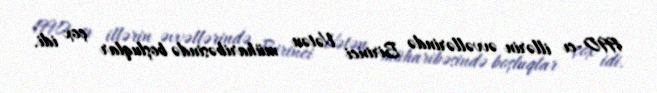
1990-cı illərin əvvəllərində Birinci Vətən müharibəsində boşluqlar çox idi.